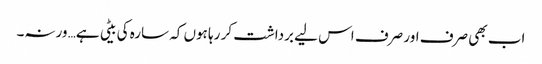
اب بھی صرف اور صرف اس لیے برداشت کر رہا ہوں کہ سارہ کی بیٹی ہے… ورنہ۔